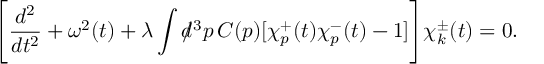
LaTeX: \Biggl [ \frac { d ^ { 2 } } { d t ^ { 2 } } + \omega ^ { 2 } ( t ) + \lambda \int d \! \! \! / ^ { 3 } p \, C ( p ) [ \chi _ { p } ^ { + } ( t ) \chi _ { p } ^ { - } ( t ) - 1 ] \Biggr ] \chi _ { k } ^ { \pm } ( t ) = 0 .